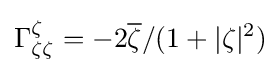
\Gamma _{\zeta \zeta }^{\zeta }=-2{\overline {\zeta }}/(1+|\zeta |^{2})